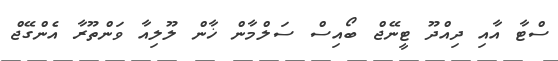
ސްޓާ އާއި ދިއްދޫ ޓީނޭޖް ބޯއިސް ސަލްމާން ޚާން ލޫލިއާ ވަންތޫރާ އެންގޭޖް